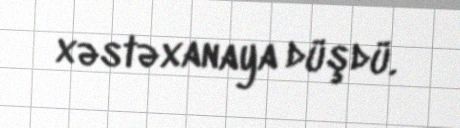
xəstəxanaya düşdü.